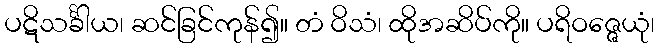
ပဋိသင်္ခါယ၊ ဆင်ခြင်ကုန်၍။ တံ ဝိသံ၊ ထိုအဆိပ်ကို။ ပရိဝဇ္ဇေယုံ၊